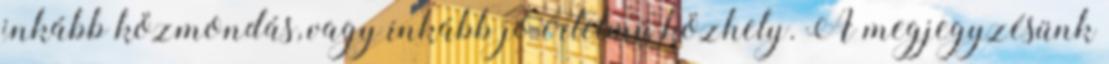
inkább közmondás, vagy inkább jó értelmű közhely. A megjegyzésünk